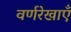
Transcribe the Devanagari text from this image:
वर्णरेखाएँ